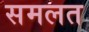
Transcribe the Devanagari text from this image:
समलत